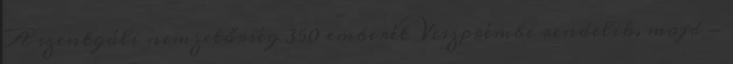
A szentgáli nemzetőrség 350 emberét Veszprémbe rendelik, majd -